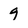
Character: 9